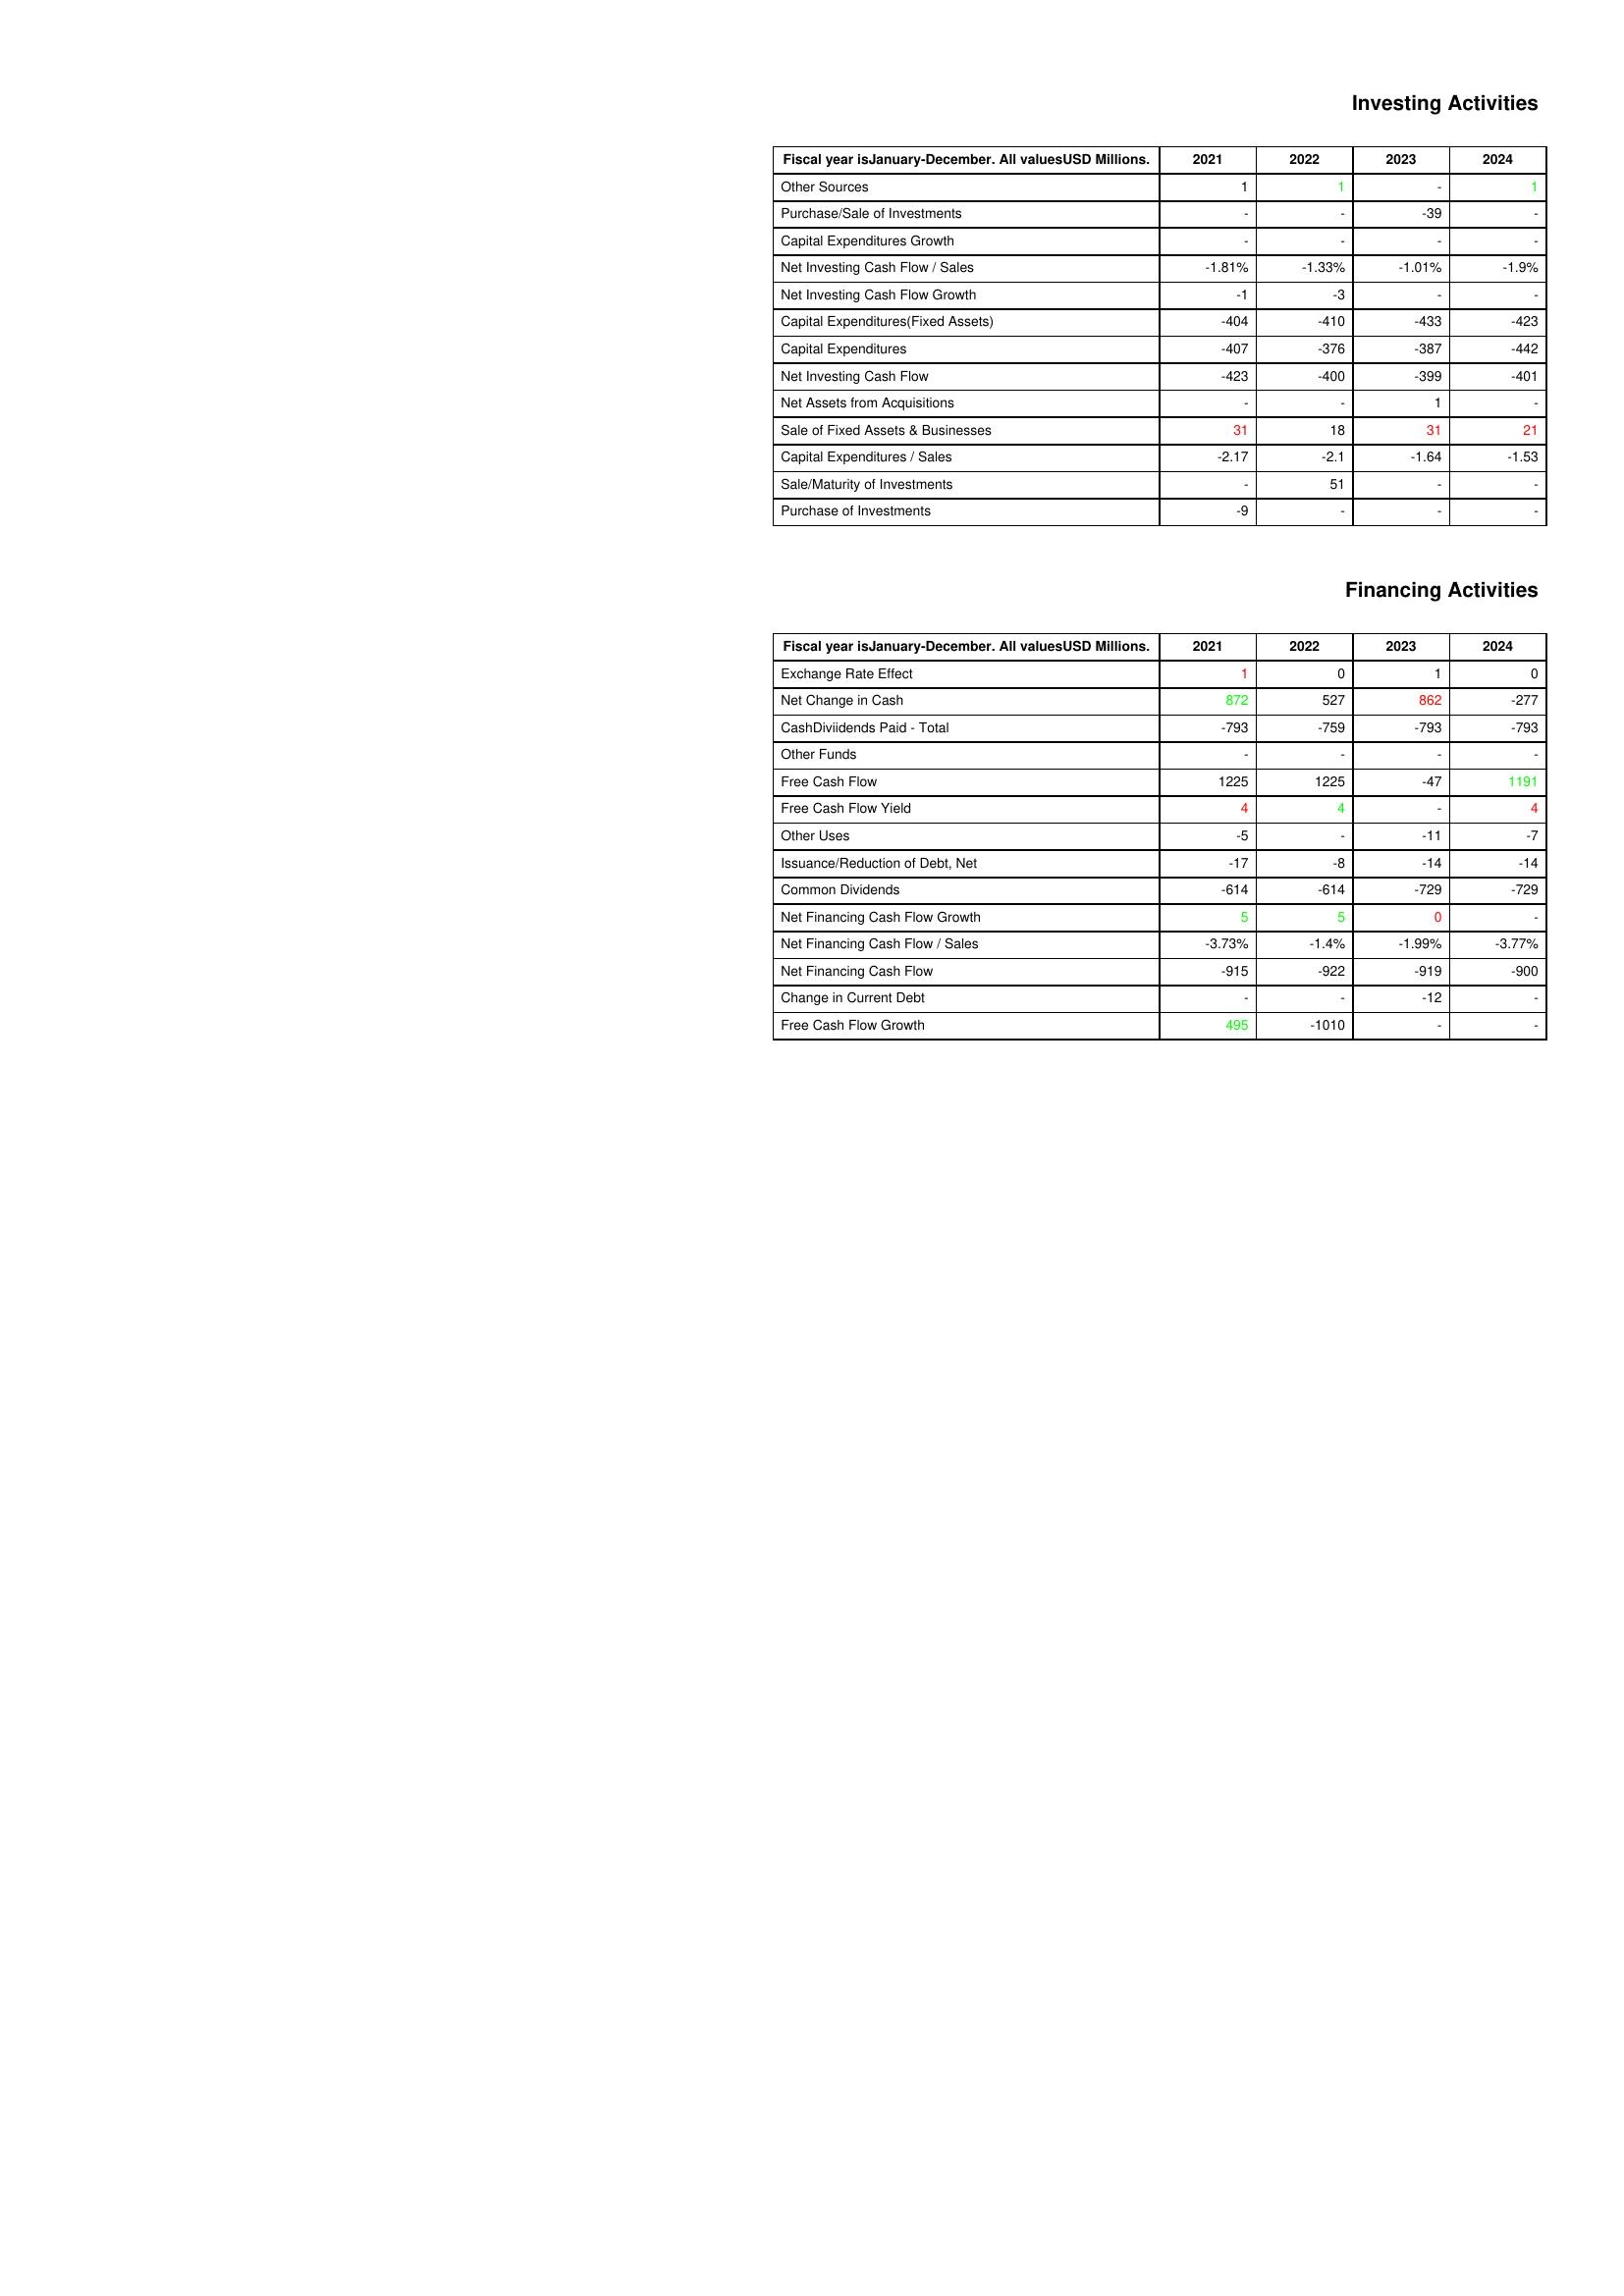
gt_parse: 2021: Investing Activities: Other Sources: 1
Purchase/Sale of Investments: -
Capital Expenditures Growth: -
Net Investing Cash Flow / Sales: -1.81%
Net Investing Cash Flow Growth: -1
Capital Expenditures(Fixed Assets): -404
Capital Expenditures: -407
Net Investing Cash Flow: -423
Net Assets from Acquisitions: -
Sale of Fixed Assets & Businesses: 31
Capital Expenditures / Sales: -2.17
Sale/Maturity of Investments: -
Purchase of Investments: -9
Financing Activities: Exchange Rate Effect: 1
Net Change in Cash: 872
CashDiviidends Paid - Total: -793
Other Funds: -
Free Cash Flow: 1225
Free Cash Flow Yield: 4
Other Uses: -5
Issuance/Reduction of Debt, Net: -17
Common Dividends: -614
Net Financing Cash Flow Growth: 5
Net Financing Cash Flow / Sales: -3.73%
Net Financing Cash Flow: -915
Change in Current Debt: -
Free Cash Flow Growth: 495
2022: Investing Activities: Other Sources: 1
Purchase/Sale of Investments: -
Capital Expenditures Growth: -
Net Investing Cash Flow / Sales: -1.33%
Net Investing Cash Flow Growth: -3
Capital Expenditures(Fixed Assets): -410
Capital Expenditures: -376
Net Investing Cash Flow: -400
Net Assets from Acquisitions: -
Sale of Fixed Assets & Businesses: 18
Capital Expenditures / Sales: -2.1
Sale/Maturity of Investments: 51
Purchase of Investments: -
Financing Activities: Exchange Rate Effect: 0
Net Change in Cash: 527
CashDiviidends Paid - Total: -759
Other Funds: -
Free Cash Flow: 1225
Free Cash Flow Yield: 4
Other Uses: -
Issuance/Reduction of Debt, Net: -8
Common Dividends: -614
Net Financing Cash Flow Growth: 5
Net Financing Cash Flow / Sales: -1.4%
Net Financing Cash Flow: -922
Change in Current Debt: -
Free Cash Flow Growth: -1010
2023: Investing Activities: Other Sources: -
Purchase/Sale of Investments: -39
Capital Expenditures Growth: -
Net Investing Cash Flow / Sales: -1.01%
Net Investing Cash Flow Growth: -
Capital Expenditures(Fixed Assets): -433
Capital Expenditures: -387
Net Investing Cash Flow: -399
Net Assets from Acquisitions: 1
Sale of Fixed Assets & Businesses: 31
Capital Expenditures / Sales: -1.64
Sale/Maturity of Investments: -
Purchase of Investments: -
Financing Activities: Exchange Rate Effect: 1
Net Change in Cash: 862
CashDiviidends Paid - Total: -793
Other Funds: -
Free Cash Flow: -47
Free Cash Flow Yield: -
Other Uses: -11
Issuance/Reduction of Debt, Net: -14
Common Dividends: -729
Net Financing Cash Flow Growth: 0
Net Financing Cash Flow / Sales: -1.99%
Net Financing Cash Flow: -919
Change in Current Debt: -12
Free Cash Flow Growth: -
2024: Investing Activities: Other Sources: 1
Purchase/Sale of Investments: -
Capital Expenditures Growth: -
Net Investing Cash Flow / Sales: -1.9%
Net Investing Cash Flow Growth: -
Capital Expenditures(Fixed Assets): -423
Capital Expenditures: -442
Net Investing Cash Flow: -401
Net Assets from Acquisitions: -
Sale of Fixed Assets & Businesses: 21
Capital Expenditures / Sales: -1.53
Sale/Maturity of Investments: -
Purchase of Investments: -
Financing Activities: Exchange Rate Effect: 0
Net Change in Cash: -277
CashDiviidends Paid - Total: -793
Other Funds: -
Free Cash Flow: 1191
Free Cash Flow Yield: 4
Other Uses: -7
Issuance/Reduction of Debt, Net: -14
Common Dividends: -729
Net Financing Cash Flow Growth: -
Net Financing Cash Flow / Sales: -3.77%
Net Financing Cash Flow: -900
Change in Current Debt: -
Free Cash Flow Growth: -